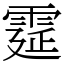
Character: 𩃀